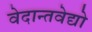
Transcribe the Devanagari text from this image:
वेदान्तवेद्यो